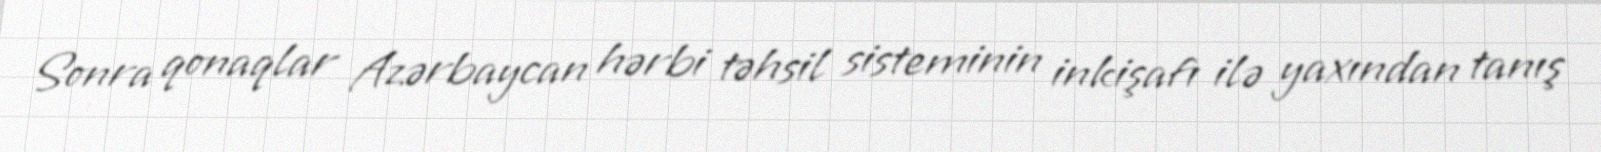
Sonra qonaqlar Azərbaycan hərbi təhsil sisteminin inkişafı ilə yaxından tanış